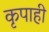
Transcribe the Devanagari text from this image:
कृपाही